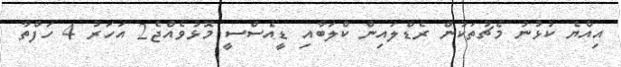
އިއްޔެ ކުޅުނު މެޗުތަކުން ރެޑްލައިން ކްލަބާއި ޑީއެސްސީ މޮޅުވެއްޖެ2 އަހަރު 4 ހަފްތާ